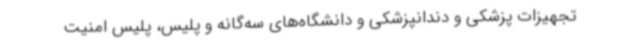
تجهیزات پزشکی و دندانپزشکی و دانشگاه‌های سه‌گانه و پلیس، پلیس امنیت